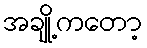
အချို့ကတော့